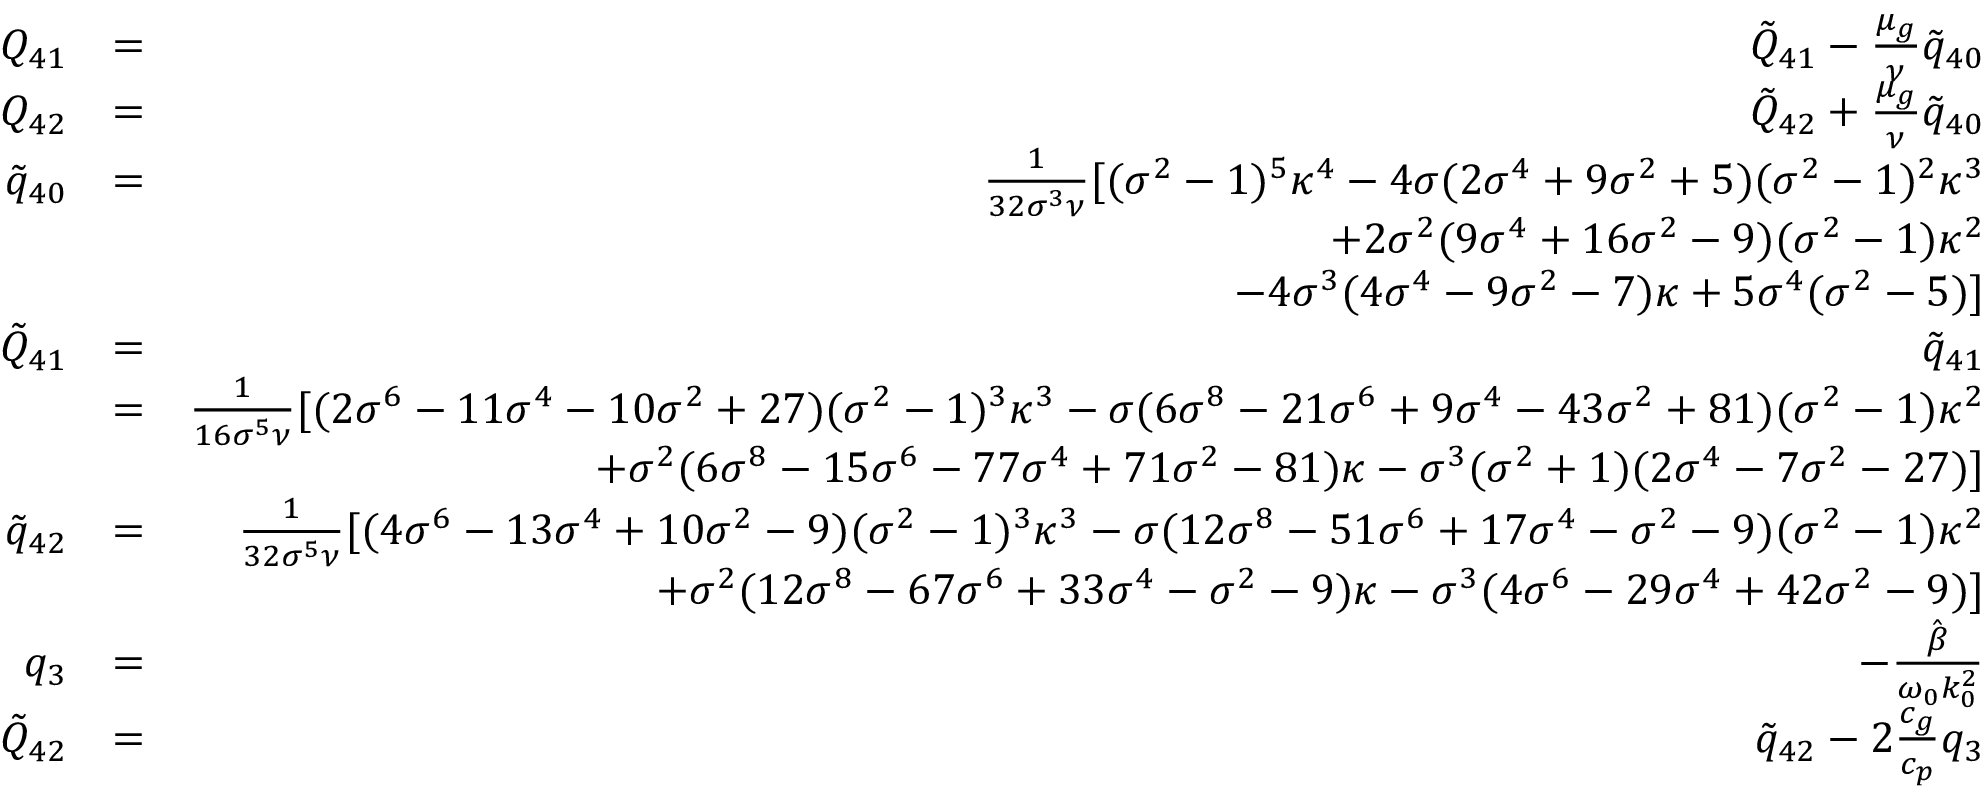
\begin{array} { r l r } { Q _ { 4 1 } } & { = } & { \tilde { Q } _ { 4 1 } - \frac { \mu _ { g } } { \nu } \tilde { q } _ { 4 0 } } \\ { Q _ { 4 2 } } & { = } & { \tilde { Q } _ { 4 2 } + \frac { \mu _ { g } } { \nu } \tilde { q } _ { 4 0 } } \\ { \tilde { q } _ { 4 0 } } & { = } & { \frac { 1 } { 3 2 \sigma ^ { 3 } \nu } [ ( \sigma ^ { 2 } - 1 ) ^ { 5 } \kappa ^ { 4 } - 4 \sigma ( 2 \sigma ^ { 4 } + 9 \sigma ^ { 2 } + 5 ) ( \sigma ^ { 2 } - 1 ) ^ { 2 } \kappa ^ { 3 } } \\ & { } & { + 2 \sigma ^ { 2 } ( 9 \sigma ^ { 4 } + 1 6 \sigma ^ { 2 } - 9 ) ( \sigma ^ { 2 } - 1 ) \kappa ^ { 2 } } \\ & { } & { - 4 \sigma ^ { 3 } ( 4 \sigma ^ { 4 } - 9 \sigma ^ { 2 } - 7 ) \kappa + 5 \sigma ^ { 4 } ( \sigma ^ { 2 } - 5 ) ] } \\ { \tilde { Q } _ { 4 1 } } & { = } & { \tilde { q } _ { 4 1 } } \\ & { = } & { \frac { 1 } { 1 6 \sigma ^ { 5 } \nu } [ ( 2 \sigma ^ { 6 } - 1 1 \sigma ^ { 4 } - 1 0 \sigma ^ { 2 } + 2 7 ) ( \sigma ^ { 2 } - 1 ) ^ { 3 } \kappa ^ { 3 } - \sigma ( 6 \sigma ^ { 8 } - 2 1 \sigma ^ { 6 } + 9 \sigma ^ { 4 } - 4 3 \sigma ^ { 2 } + 8 1 ) ( \sigma ^ { 2 } - 1 ) \kappa ^ { 2 } } \\ & { } & { + \sigma ^ { 2 } ( 6 \sigma ^ { 8 } - 1 5 \sigma ^ { 6 } - 7 7 \sigma ^ { 4 } + 7 1 \sigma ^ { 2 } - 8 1 ) \kappa - \sigma ^ { 3 } ( \sigma ^ { 2 } + 1 ) ( 2 \sigma ^ { 4 } - 7 \sigma ^ { 2 } - 2 7 ) ] } \\ { \tilde { q } _ { 4 2 } } & { = } & { \frac { 1 } { 3 2 \sigma ^ { 5 } \nu } [ ( 4 \sigma ^ { 6 } - 1 3 \sigma ^ { 4 } + 1 0 \sigma ^ { 2 } - 9 ) ( \sigma ^ { 2 } - 1 ) ^ { 3 } \kappa ^ { 3 } - \sigma ( 1 2 \sigma ^ { 8 } - 5 1 \sigma ^ { 6 } + 1 7 \sigma ^ { 4 } - \sigma ^ { 2 } - 9 ) ( \sigma ^ { 2 } - 1 ) \kappa ^ { 2 } } \\ & { } & { + \sigma ^ { 2 } ( 1 2 \sigma ^ { 8 } - 6 7 \sigma ^ { 6 } + 3 3 \sigma ^ { 4 } - \sigma ^ { 2 } - 9 ) \kappa - \sigma ^ { 3 } ( 4 \sigma ^ { 6 } - 2 9 \sigma ^ { 4 } + 4 2 \sigma ^ { 2 } - 9 ) ] } \\ { q _ { 3 } } & { = } & { - \frac { \hat { \beta } } { \omega _ { 0 } k _ { 0 } ^ { 2 } } } \\ { \tilde { Q } _ { 4 2 } } & { = } & { \tilde { q } _ { 4 2 } - 2 \frac { c _ { g } } { c _ { p } } q _ { 3 } } \end{array}